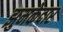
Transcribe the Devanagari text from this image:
झुमकेदार